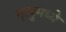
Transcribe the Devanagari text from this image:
मृत्युमध्ये